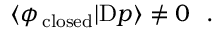
\langle \phi _ { \mathrm { \, c l o s e d } } | \mathrm { D } p \rangle \not = 0 ~ ~ .